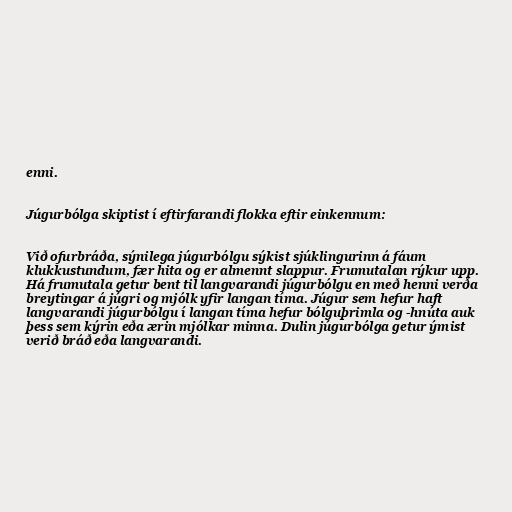
enni.

Júgurbólga skiptist í eftirfarandi flokka eftir einkennum:

Við ofurbráða, sýnilega júgurbólgu sýkist sjúklingurinn á fáum
klukkustundum, fær hita og er almennt slappur. Frumutalan rýkur upp.
Há frumutala getur bent til langvarandi júgurbólgu en með henni verða
breytingar á júgri og mjólk yfir langan tíma. Júgur sem hefur haft
langvarandi júgurbólgu í langan tíma hefur bólguþrimla og -hnúta auk
þess sem kýrin eða ærin mjólkar minna. Dulin júgurbólga getur ýmist
verið bráð eða langvarandi.